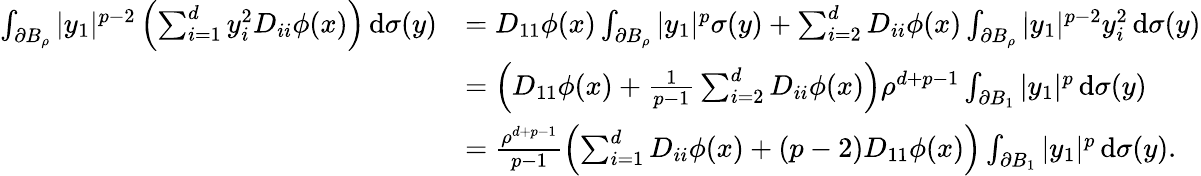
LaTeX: \begin{array}{rl}{\int_{\partial B_{\rho}}|y_{1}|^{p-2}\left(\sum_{i=1}^{d}y_{i}^{2}D_{ii}\phi(x)\right)\, \mathrm{d}\sigma(y)}&{=D_{11}\phi(x)\int_{\partial B_{\rho}}|y_{1}|^{p}\sigma(y)+\sum_{i=2}^{d}D_{ii}\phi(x)\int_{\partial B_{\rho}}|y_{1}|^{p-2}y_{i}^{2}\, \mathrm{d}\sigma(y)}\\ &{=\left(D_{11}\phi(x)+\frac{1}{p-1}\sum_{i=2}^{d}D_{ii}\phi(x)\right)\rho^{d+p-1}\int_{\partial B_{1}}|y_{1}|^{p}\, \mathrm{d}\sigma(y)}\\ &{=\frac{\rho^{d+p-1}}{p-1}\left(\sum_{i=1}^{d}D_{ii}\phi(x)+(p-2)D_{11}\phi(x)\right)\int_{\partial B_{1}}|y_{1}|^{p}\, \mathrm{d}\sigma(y).}\end{array}